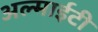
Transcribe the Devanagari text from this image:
अल्माईटी